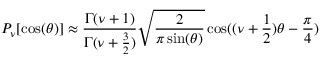
P _ { \nu } [ \cos ( \theta ) ] \approx { \frac { \Gamma ( \nu + 1 ) } { \Gamma ( \nu + { \frac { 3 } { 2 } } ) } } \sqrt { \frac { 2 } { \pi \sin ( \theta ) } } \cos ( ( \nu + { \frac { 1 } { 2 } } ) \theta - { \frac { \pi } { 4 } } )